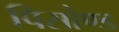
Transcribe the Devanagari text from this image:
पिसोण्ड